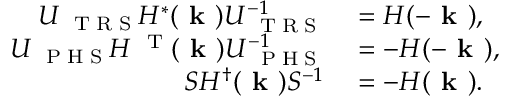
\begin{array} { r l } { U _ { \mathrm { ~ \tiny ~ T ~ R ~ S ~ } } H ^ { * } ( \textbf { k } ) U _ { \mathrm { ~ \tiny ~ T ~ R ~ S ~ } } ^ { - 1 } } & { { } = H ( - \textbf { k } ) , } \\ { U _ { \mathrm { ~ \tiny ~ P ~ H ~ S ~ } } H ^ { \mathrm { ~ \tiny ~ T ~ } } ( \textbf { k } ) U _ { \mathrm { ~ \tiny ~ P ~ H ~ S ~ } } ^ { - 1 } } & { { } = - H ( - \textbf { k } ) , } \\ { S H ^ { \dag } ( \textbf { k } ) S ^ { - 1 } } & { { } = - H ( \textbf { k } ) . } \end{array}